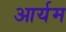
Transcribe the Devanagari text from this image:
आर्यम